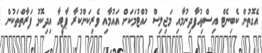
އެގޮތުން ކެބިނެޓް އިސްތިއުފާދިނުމާއި މަޖިލިސް ހުއްޓުމަކަށް އައުމާއި ވެރިކަންކުރާ ޕާޓީއާ އިދިކޮޅު ފަރާތްތަކުން